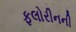
ફલોરીનની